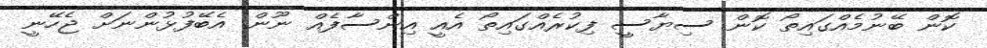
ކޮން ބޭނުމެއްގައިތޯ ކޮން ސިޔާސީ ފިކުރެއްގައިތޯ އެއީ އިންސާފެއް ނޫން. އެބޭފުޅުންނަށް ޖެހޭނީ